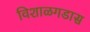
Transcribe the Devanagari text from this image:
विशाळगडास